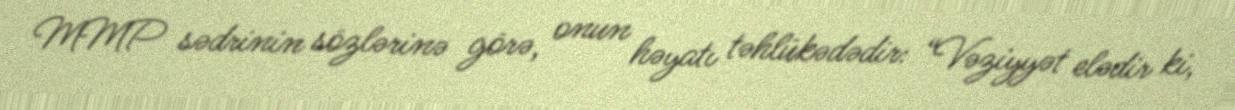
MMP sədrinin sözlərinə görə, onun həyatı təhlükədədir: “Vəziyyət elədir ki,